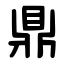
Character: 鼎